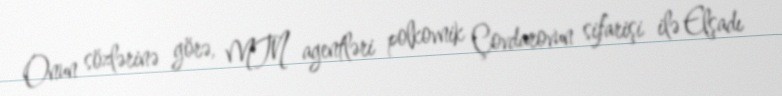
Onun sözlərinə görə, MTN agentləri polkovnik Çovdarovun sifarişi ilə Elşadı